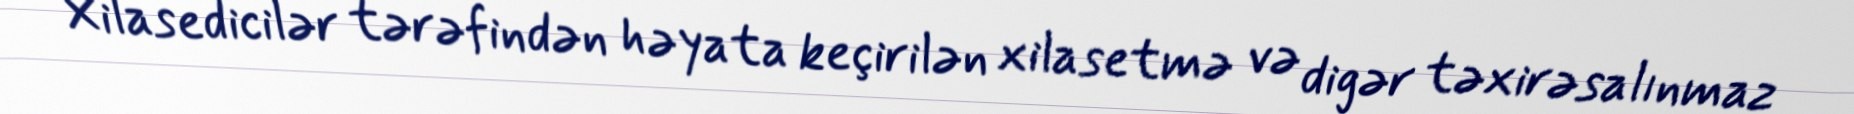
Xilasedicilər tərəfindən həyata keçirilən xilasetmə və digər təxirəsalınmaz